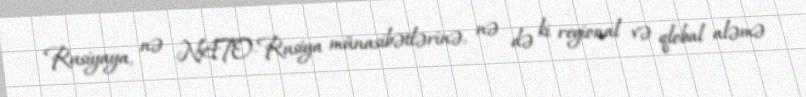
Rusiyaya, nə NATO-Rusiya münasibətlərinə, nə də ki regional və qlobal aləmə